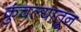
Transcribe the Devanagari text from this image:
कुंचल्यातून